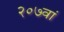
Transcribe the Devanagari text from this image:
२०७वां